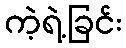
ကဲ့ရဲ့ခြင်း